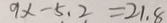
9 x - 5 , 2 = 2 1 . 8